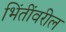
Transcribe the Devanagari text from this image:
भिंतींवरील